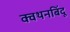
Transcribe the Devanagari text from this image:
क्वथनबिंदू